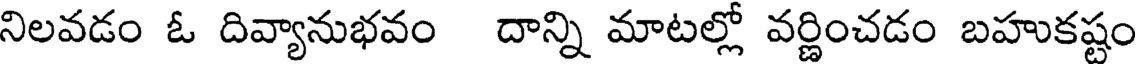
నిలవడం ఓ దివ్యానుభవం దాన్ని మాటల్లో వర్ణించడం బహుకష్టం